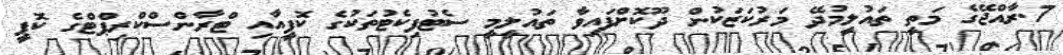
7.ރާއްޖޭގެ މަތީ ތައުލީމުދޭ މަރުކަޒަކުން ދޫކޮށްފައިވާ ތައުލީމީ ސެޓުފިކެޓުތަކުގެ ކޮޕީއާއި ޓްރާންސްކްރިޕްޓްގެ ކޮޕީ